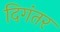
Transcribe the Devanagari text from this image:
दिगंतर